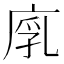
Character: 𢉚